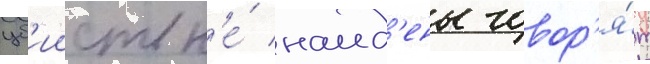
уб'ииств н'е́ наид'ены говор'я́т